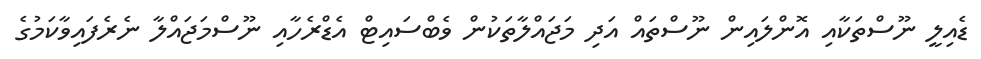
ޑެއިލީ ނޫސްތަކާއި އޮންލައިން ނޫސްތައް އަދި މަޖައްލާތަކުން ވެބްސައިޓް އެޑްރެހާއި ނޫސްމަޖައްލާ ނެރެފައިވާކަމުގެ